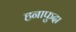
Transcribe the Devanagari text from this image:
हनाफुदा